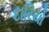
દારિયો